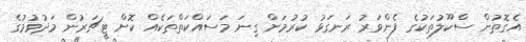
އެގޮތުން ސްކޫލުތަކުގެ ފެންވަރު ރަނގަޅު ކުރުމަށް ގިނަ މަސައްކަތްތަކެއް ކޮށް ޓީޗަރުން މަދުވުމުގެ